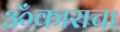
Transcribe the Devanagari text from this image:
ॐकाराचा